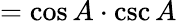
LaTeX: =\cos A\cdot\csc A